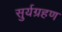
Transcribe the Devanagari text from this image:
सुर्यग्रहण